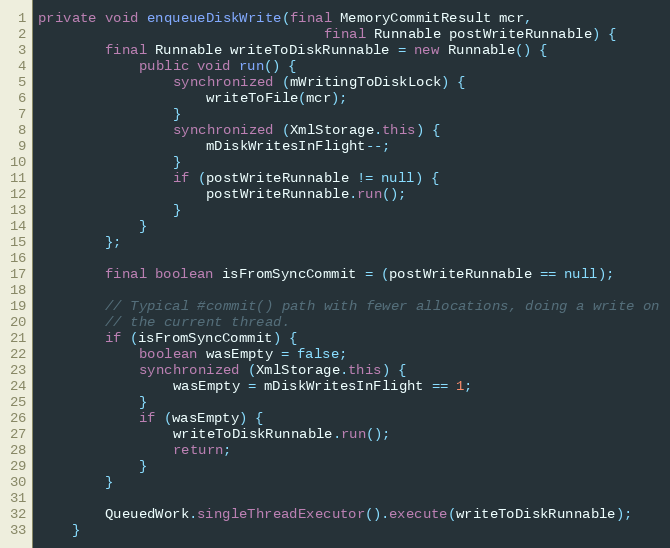
Language: Java
private void enqueueDiskWrite(final MemoryCommitResult mcr,
                                  final Runnable postWriteRunnable) {
        final Runnable writeToDiskRunnable = new Runnable() {
            public void run() {
                synchronized (mWritingToDiskLock) {
                    writeToFile(mcr);
                }
                synchronized (XmlStorage.this) {
                    mDiskWritesInFlight--;
                }
                if (postWriteRunnable != null) {
                    postWriteRunnable.run();
                }
            }
        };

        final boolean isFromSyncCommit = (postWriteRunnable == null);

        // Typical #commit() path with fewer allocations, doing a write on
        // the current thread.
        if (isFromSyncCommit) {
            boolean wasEmpty = false;
            synchronized (XmlStorage.this) {
                wasEmpty = mDiskWritesInFlight == 1;
            }
            if (wasEmpty) {
                writeToDiskRunnable.run();
                return;
            }
        }

        QueuedWork.singleThreadExecutor().execute(writeToDiskRunnable);
    }